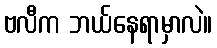
ဗလီက ဘယ်နေရာမှာလဲ။